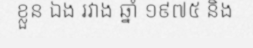
ខ្លួន ឯង រវាង ឆ្នាំ ១៩៧៥ និង